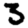
Digit: 3